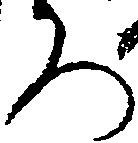
ろ